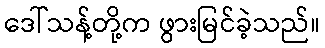
ဒေါ်သန့်တို့က ဖွားမြင်ခဲ့သည်။